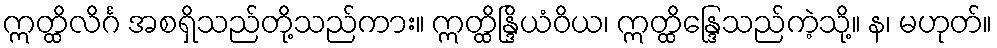
ဣတ္ထိလိင်္ဂ အစရှိသည်တို့သည်ကား။ ဣတ္ထိန္ဒြိယံဝိယ၊ ဣတ္ထိန္ဒြေသည်ကဲ့သို့။ န၊ မဟုတ်။